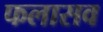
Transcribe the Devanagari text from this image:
फलासव